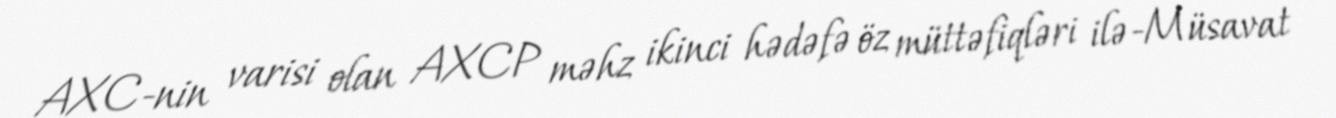
AXC-nin varisi olan AXCP məhz ikinci hədəfə öz müttəfiqləri ilə-Müsavat